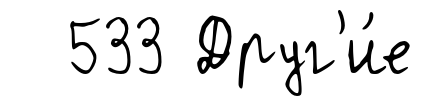
533 Друг'и́е